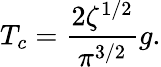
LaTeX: T_{c}=\frac{2\zeta^{1/2}}{\pi^{3/2}}g.